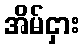
အိမ်ငှား